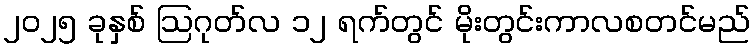
၂၀၂၅ ခုနှစ် ဩဂုတ်လ ၁၂ ရက်တွင် မိုးတွင်းကာလစတင်မည်